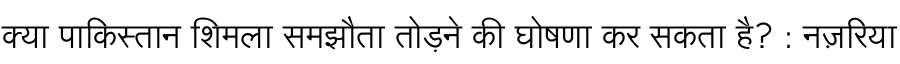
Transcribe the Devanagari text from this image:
क्या पाकिस्तान शिमला समझौता तोड़ने की घोषणा कर सकता है? : नज़रिया